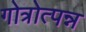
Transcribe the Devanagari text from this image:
गोत्रोत्पन्न